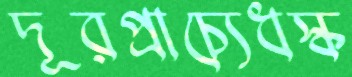
দূরপ্রাচ্যেধস্‌ক